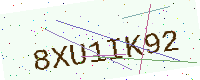
Text: 8XU1IK92